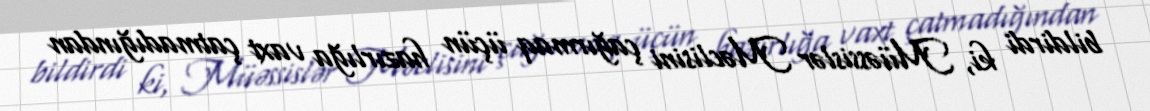
bildirdi ki, Müəssislər Məclisini çağırmaq üçün hazırlığa vaxt çatmadığından